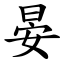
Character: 晏